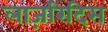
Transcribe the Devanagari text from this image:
लाज़रिदिस